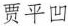
贾平凹